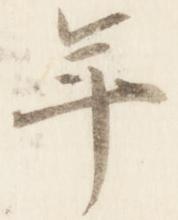
年